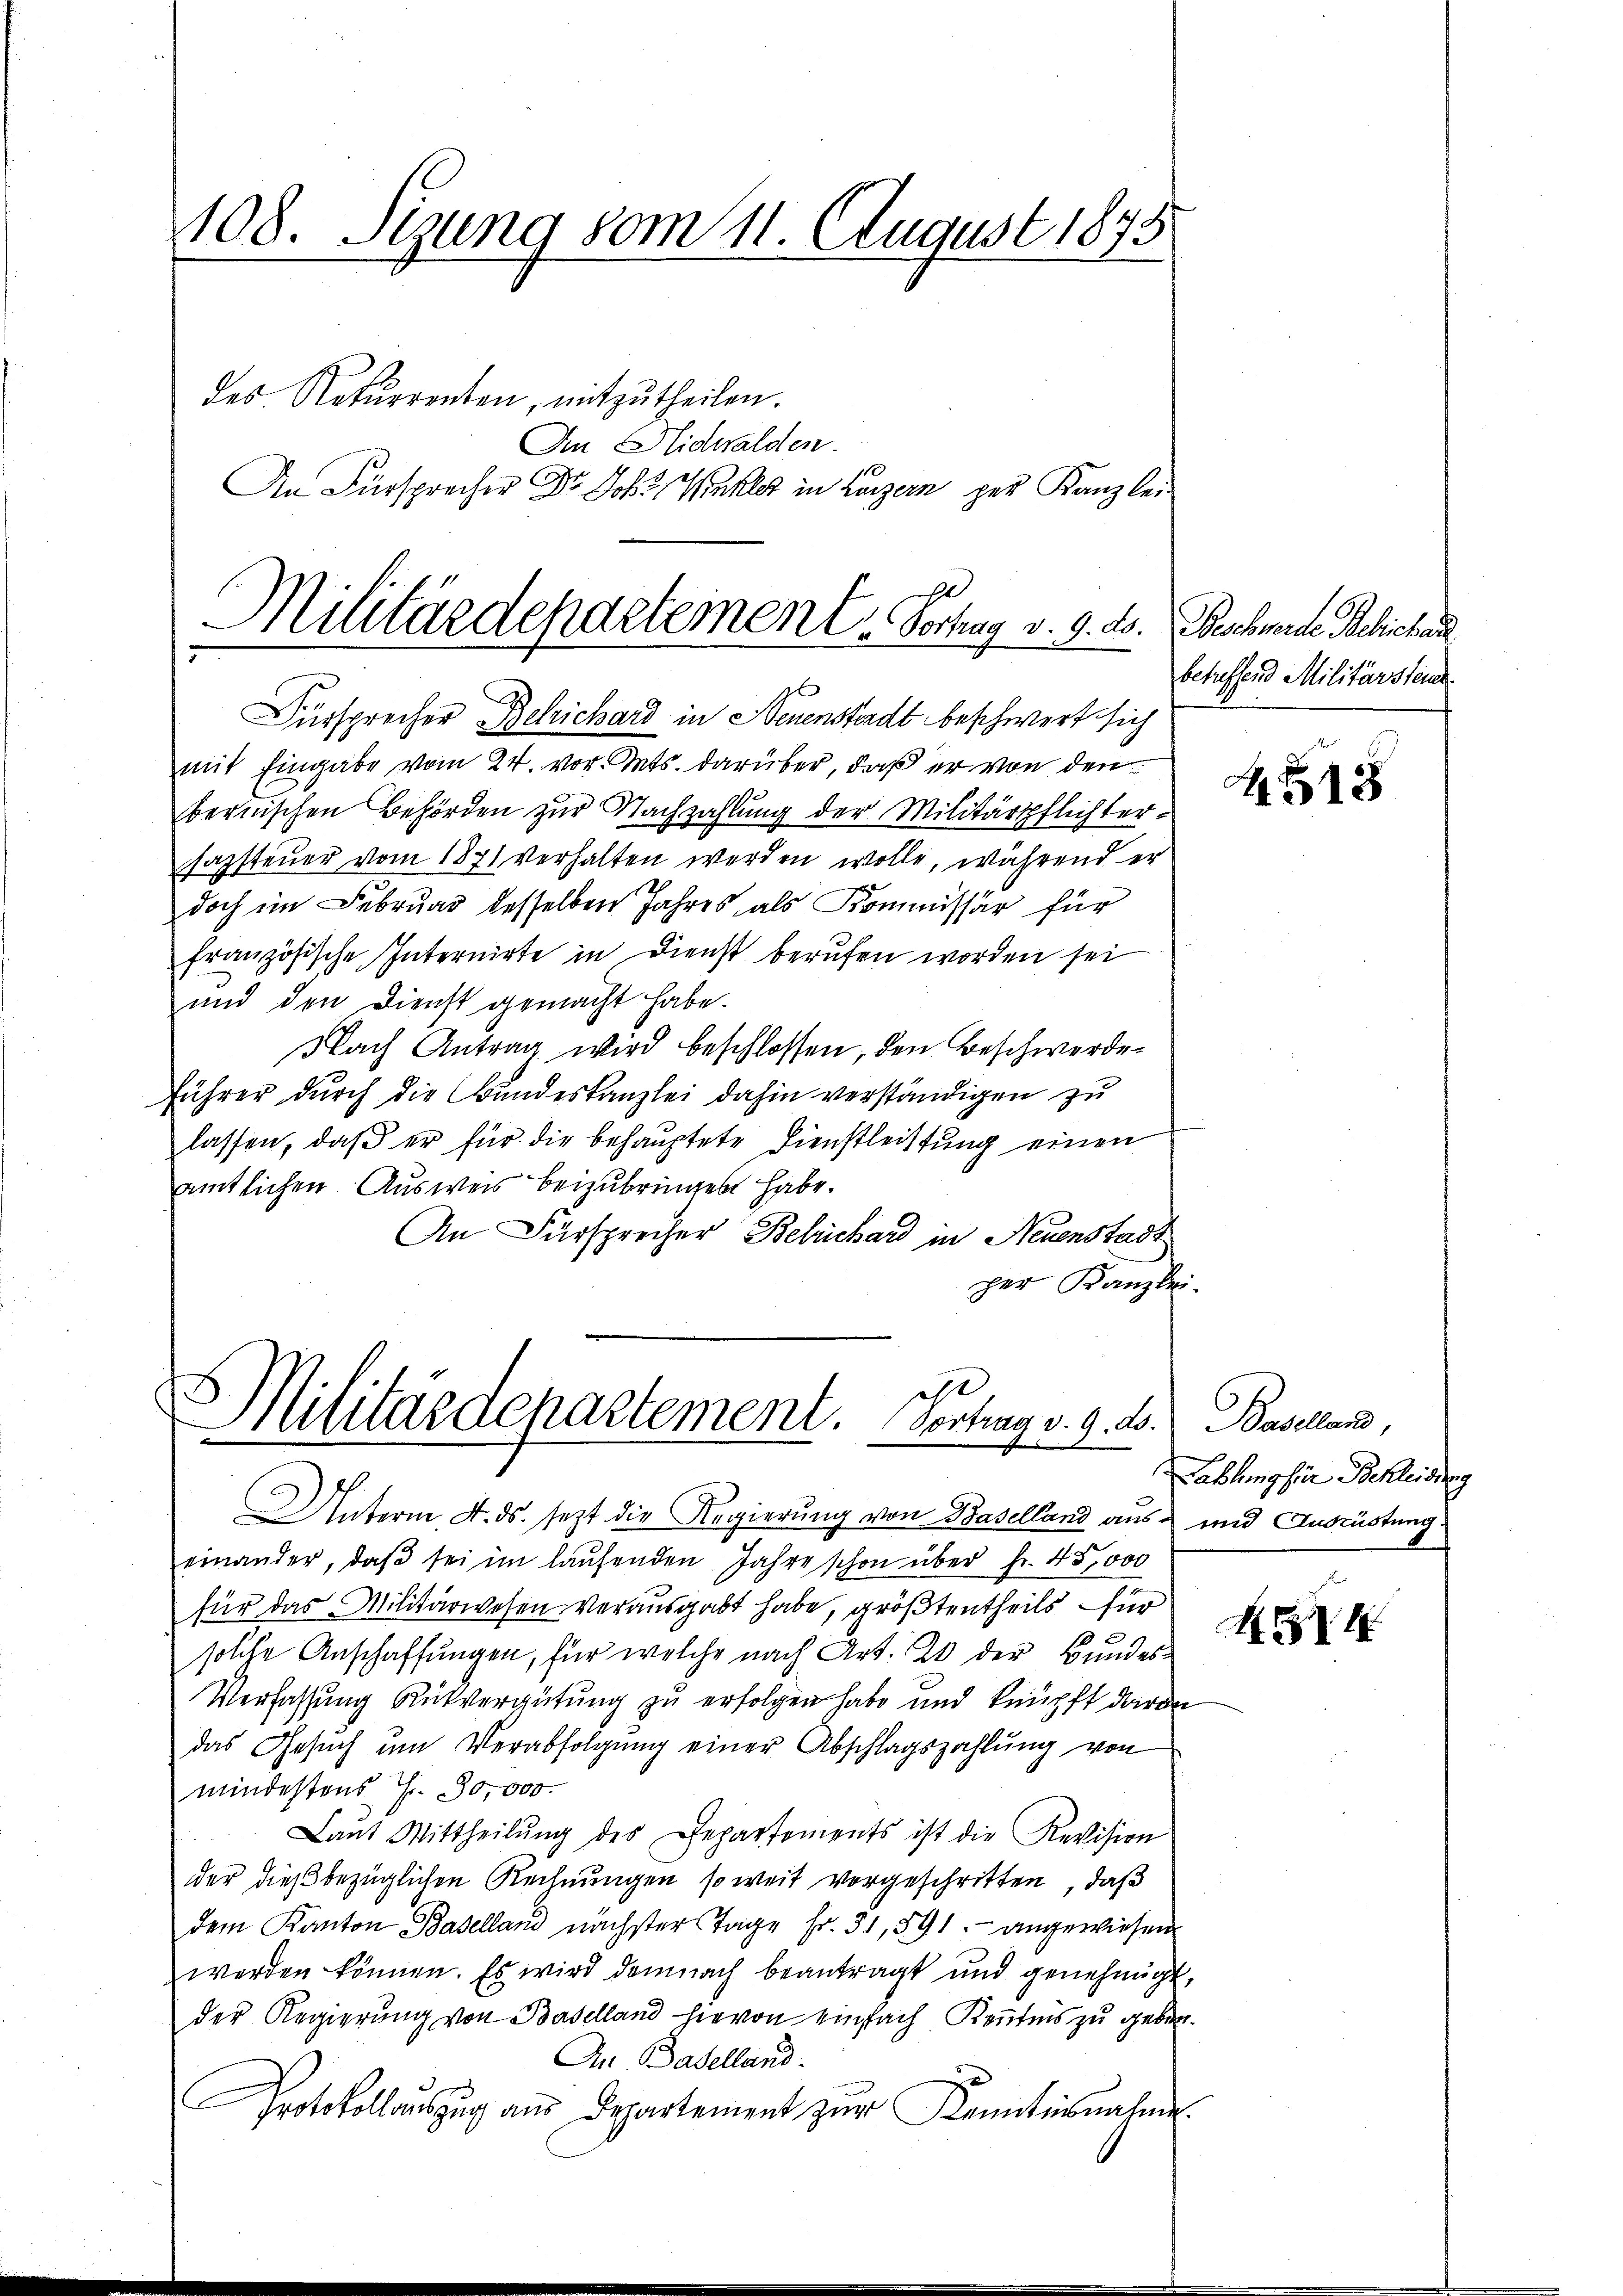
108. Sizung vom 11. August 1875
des Rekurrenten, mitzutheilen.
An Flidwalden.

An Fürsprecher Dr. Joh. Winkler in Luzern per Kanzlei

Militärdepartemen C. Schlag v. 9. ds. Bachwerde Berichen
p

Fürsprecher Beleichard in Neuensterdt beschwert sich
mit Eingabe vom 24. vor. Mts. darüber, daß er von den
bernischen Behörden zur Nachzahlung der Militärpflichtersazsteuer vom 1871 verhalten werden wolle, während er
doch im Februar desselben Jahres als Kommissär für
französische Internirte in Dienst berufen worden sei
und den Dienst gemacht habe.
Nach Antrag wird beschlossen, den Beschwerde
führer durch die Bundeskanzlei dahin verständigen zu
lassen, daß er für die behauptete Dienstleistung einen
amtlichen Ausweis beizubringebt habe.
An Fürsprecher Berichard in Neuenstadt
per Kanzlei.

Militärdepartement. Vortrag v. 9. ds. Baselland,

Unterm 4. ds. sezt die Regierung von Baselland aus- und Ausrüstung
einander, daβ sei im laŭfenden Jahre schon über fr. 45,000
für das Militärwesen verausgabt habe, größtentheils für
solche Anschaffungen, für welche nach Art. 20 der Bundes¬
Verfassung Rükvergütung zu erfolgen habe und knüpft davon
das Gesŭch ŭm Verabfolgŭng einer Abschlagszahlŭng von
mindestens Fr. 30,000.
Laŭt Mittheilŭng des Departements ist die Revision
der dieß bezüglichen Rechnungen so weit vorgeschritten, daß
dem Kanton Baselland nächster Tage fr. 31, 591. angewiesen
werden können. Es wird demnach beantragt und genehmigt,
der Regierung von Baselland hievon einfach Kenntnis zu geben.
An Baselland.
Protokollauszug aus Departement zur Kenntnisnahme.

betreffend Militärsteine

A. 518

Lahlung für Bekleidung

4